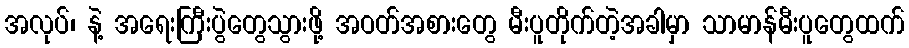
အလုပ်၊ နဲ့ အရေးကြီးပွဲတွေသွားဖို့ အဝတ်အစားတွေ မီးပူတိုက်တဲ့အခါမှာ သာမာန်မီးပူတွေထက်